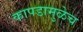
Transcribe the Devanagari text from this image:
कापडामुळेच